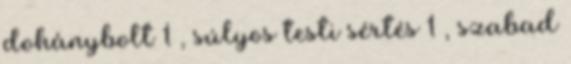
dohánybolt 1 , súlyos testi sértés 1 , szabad